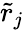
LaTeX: \tilde{r}_{j}